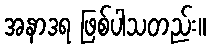
အနာဒရ ဖြစ်ပါသတည်း။